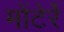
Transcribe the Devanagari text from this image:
मोंटेर्रे